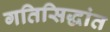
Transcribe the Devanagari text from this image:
गतिसिद्धांत